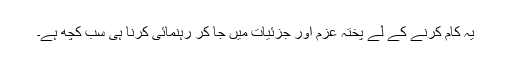
یہ کام کرنے کے لے پختہ عزم اور جزئیات میں جا کر رہنمائی کرنا ہی سب کچھ ہے۔